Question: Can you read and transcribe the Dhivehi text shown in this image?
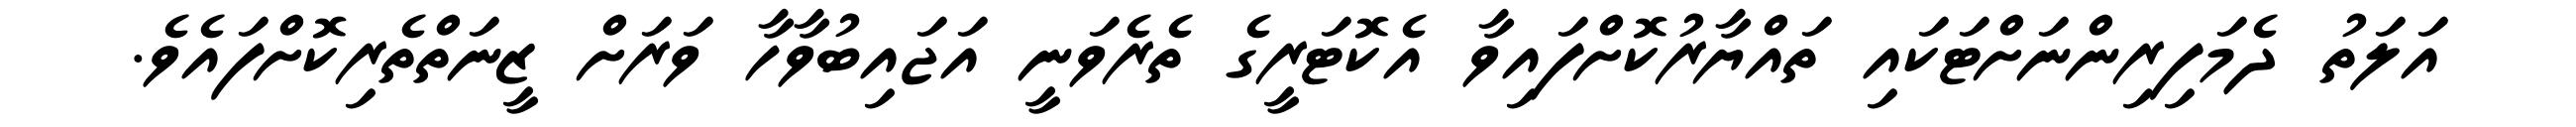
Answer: އަލަތު ދެމަފިރިންނަށްޓަކައި ތައްޔާރުކޮށްފައިވާ އެކޮޓަރީގެ ތެރެވަނީ އަޖައިބުވާހާ ވަރަށް ޒީނަތްތެރިކޮށްފައެވެ.